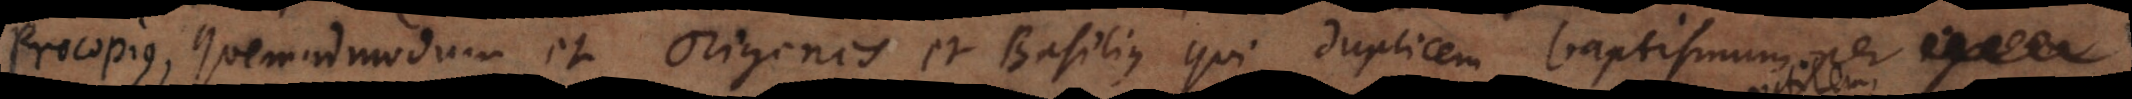
ccommodat quemadmodum et Origenes et Basilius qui duplicem baptismum per